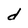
Character: d